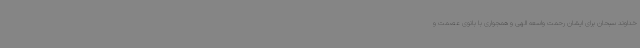
خداوند سبحان برای ایشان رحمت واسعه الهی و همجواری با بانوی عصمت و